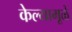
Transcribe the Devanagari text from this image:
केल्यामूळे